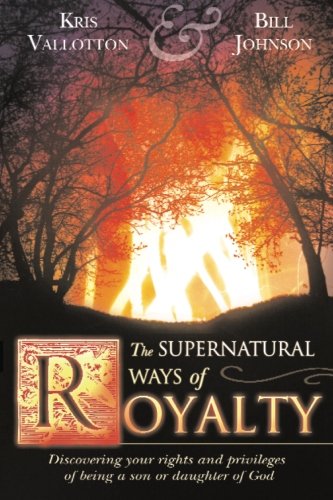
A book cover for The Supernatural Ways of Royalty: Discovering Your Rights and Privileges of Being a Son or Daughter of God; Kris Vallotton; Christian Books & Bibles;